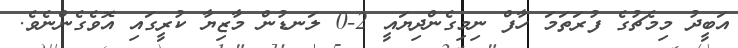
އަބީދު މިމެޗުގެ ފުރަތަމަ ހާފް ނިމިގެންދިޔައީ 2-0 ލަނޑުން މާޒިޔާ ކުރީގައި އޮވެގެންނެވެ.